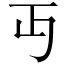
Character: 丏